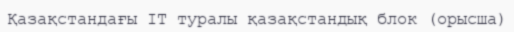
Қазақстандағы IT туралы қазақстандық блок (орысша)